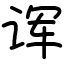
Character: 诨